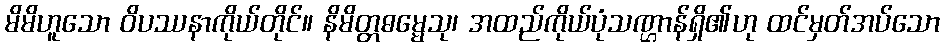
မိမိဟူသော ဝိပဿနာကိုယ်တိုင်။ နိမိတ္တဓမ္မေသု၊ အထည်ကိုယ်ပုံသဏ္ဌာန်ရှိ၏ဟု ထင်မှတ်အပ်သော